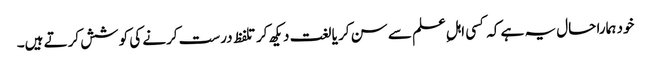
خود ہمارا حال یہ ہے کہ کسی اہلِ علم سے سن کر یا لغت دیکھ کر تلفظ درست کرنے کی کوشش کرتے ہیں۔